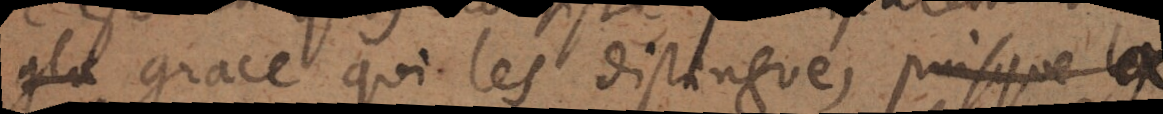
gla grace qui les distingue, puisque la